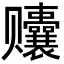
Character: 𬦀